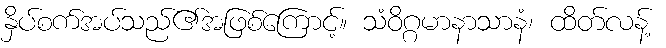
နှိပ်စက်အပ်သည်၏အဖြစ်ကြောင့်။ သံဝိဂ္ဂမာနာသာနံ၊ ထိတ်လန့်